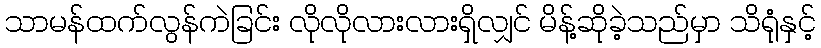
သာမန်ထက်လွန်ကဲခြင်း လိုလိုလားလားရှိလျှင် မိန့်ဆိုခဲ့သည်မှာ သိရုံနှင့်